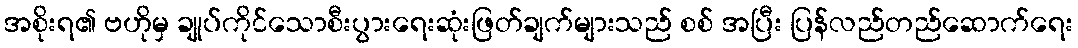
အစိုးရ၏ ဗဟိုမှ ချုပ်ကိုင်သောစီးပွားရေးဆုံးဖြတ်ချက်များသည် စစ် အပြီး ပြန်လည်တည်ဆောက်ရေး